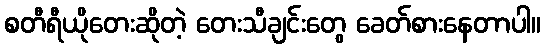
စတီရီယိုတေးဆိုတဲ့ တေးသီချင်းတွေ ခေတ်စားနေတာပါ။